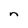
Character: n